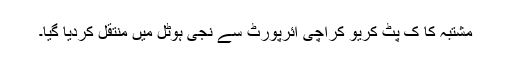
مشتبہ کا ک پٹ کریو کراچی ائرپورٹ سے نجی ہوٹل میں منتقل کردیا گیا۔